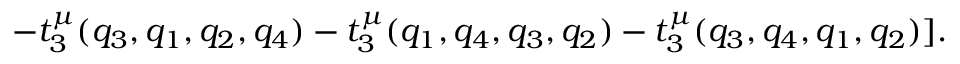
~ ~ ~ ~ ~ ~ ~ ~ ~ ~ ~ - t _ { 3 } ^ { \mu } ( q _ { 3 } , q _ { 1 } , q _ { 2 } , q _ { 4 } ) - t _ { 3 } ^ { \mu } ( q _ { 1 } , q _ { 4 } , q _ { 3 } , q _ { 2 } ) - t _ { 3 } ^ { \mu } ( q _ { 3 } , q _ { 4 } , q _ { 1 } , q _ { 2 } ) ] .